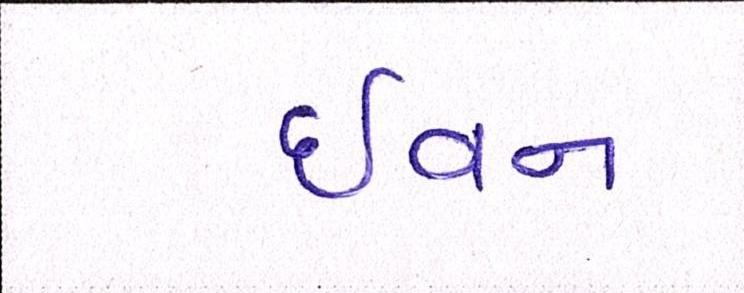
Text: ઇવન